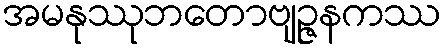
အမနုဿုဘတောဗျဉ္ဇနကဿ